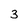
Character: 3